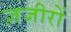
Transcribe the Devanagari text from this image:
ज़जीरों